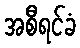
အစီရင်ခံ